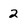
Character: 2